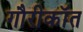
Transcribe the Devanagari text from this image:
गौरीकॉत